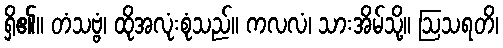
ရှိ၏။ တံသဗ္ဗံ၊ ထိုအလုံးစုံသည်။ ကလလံ၊ သားအိမ်သို့။ ဩသရတိ၊